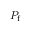
P _ { \mathrm { f } }